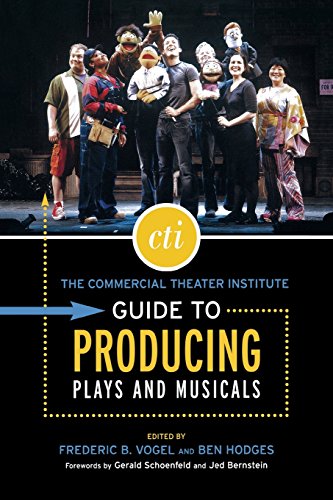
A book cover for The Commercial Theater Institute Guide to Producing Plays and Musicals; Business & Money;